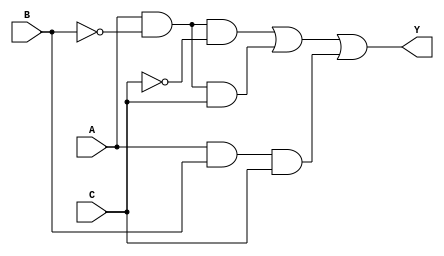
 

// Ecuacin a implementar: Y = AB'C' + AB'C + ABC
module SOPG(input wire A, B, C, output wire Y);
//Outputs de gates
  wire NB, NC, A1, A2, A3;
//programacin gates
  not (NB, B);
  not (NC, C);
  and (A1, A, NB, NC);
  and (A2, A, NB, C);
  and (A3, A, B, C);
  or  (Y, A1, A2, A3);

endmodule


// Ecuacin a implementar: Y = (A+B+C)*(A+B+C')*(A+B'+C)*(A+B'+C')*(A'+B'+C)
module POSG(input wire A, B, C, output wire Y);
//output de gates
  wire NA, NB, NC, O1, O2, O3, O4, O5;
//programacin de gates
  not (NA, A);
  not (NB, B);
  not (NC, C);
  or  (O1, A, B, C);
  or  (O2, A, B, NC);
  or  (O3, A, NB, C);
  or  (O4, A, NB, NC);
  or  (O5, NA, NB, C);
  and (Y, O1, O2, O3, O4, O5);

endmodule


// Ecuacin a implementar: Y = AB' + AC
module MapaKarG(input wire A, B, C, output wire Y);
//output de gates
  wire NB, A1, A2;
//programacin de gates
  not (NB, B);
  and (A1, A, NB);
  and (A2, A, C);
  or  (Y, A1, A2);

endmodule



//Cominezo progra utilizando operadores lgicos

//Ecuacin a implementar: AB'C' + AB'C + ABC
module SOPO(input wire A, B, C, output wire Y);

  assign Y = (A&~B&~C)|(A&~B&C)|(A&B&C);

endmodule


//Ecuacin a implementar: (A+B+C)*(A+B+C')*(A+B'+C)*(A+B'+C')*(A'+B'+C)
module POSO(input wire A, B, C, output wire Y);

  assign Y = (A|B|C)&(A|B|~C)&(A|~B|C)&(A|~B|~C)&(~A|~B|C);

endmodule


//Ecuacin a implementar: AB' + AC
module MapaKarO(input wire A, B, C, output wire Y);

  assign Y = (A&~B)|(A&C);

endmodule